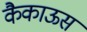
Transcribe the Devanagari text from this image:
कैकाऊस